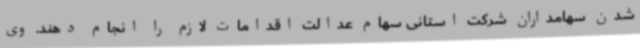
شدن سهامداران شرکت استانی سهام عدالت اقدامات لازم را انجام دهند. وی